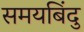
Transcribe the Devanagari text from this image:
समयबिंदु